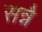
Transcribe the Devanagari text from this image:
सन्नै